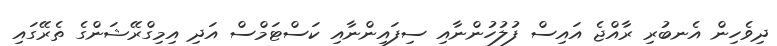
ދިވެހިން އެނބުރި ރާއްޖެ އައިސް ފުލުހުންނާއި ސިފައިންނާއި ކަސްޓަމްސް އަދި އިމިގްރޭޝަންގެ ތެރޭގައި